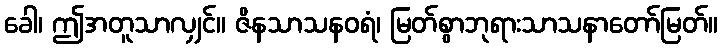
ခေါ၊ ဤအတူသာလျှင်။ ဇိနသာသနဝရံ၊ မြတ်စွာဘုရားသာသနာတော်မြတ်။